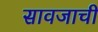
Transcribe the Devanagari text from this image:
सावजाची